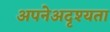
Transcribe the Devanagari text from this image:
अपनेअदृश्यता